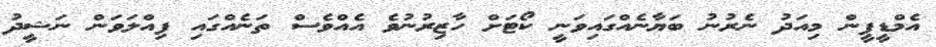
އެމްޑީޕީން މިއަދު ނެރުނު ބަޔާނެއްގައިވަނީ ކޯޓަށް ހާޒިރުނުވެ އެއްވެސް ތަނެއްގައި ފިއްލަވަން ނަޝީދު